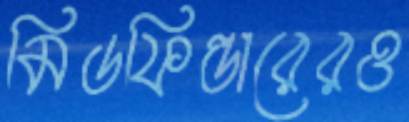
মিডফিল্ডারেরও